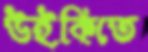
উইকিতে